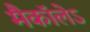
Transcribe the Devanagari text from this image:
मैकाॅलेऽ